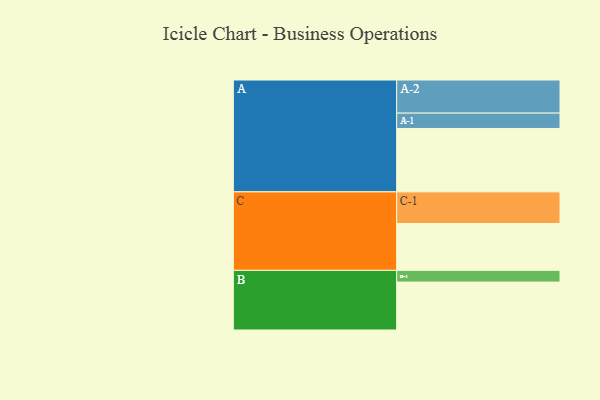
{"axis": {"x": "Segment", "y": "Value"}, "legend": ["", "A", "B", "C"], "data": [{"x": "A", "y": 471, "type": ""}, {"x": "B", "y": 356, "type": ""}, {"x": "C", "y": 348, "type": ""}, {"x": "A-1", "y": 114, "type": "A"}, {"x": "A-2", "y": 246, "type": "A"}, {"x": "B-1", "y": 87, "type": "B"}, {"x": "C-1", "y": 235, "type": "C"}]}